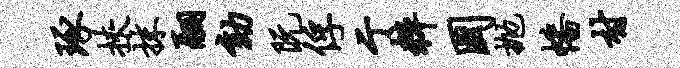
琢挟抹翮劾阮俘亍粹国抛幡村